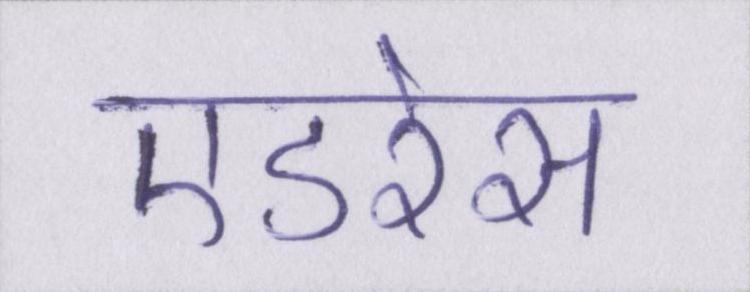
एडरेस